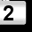
Digit: 2